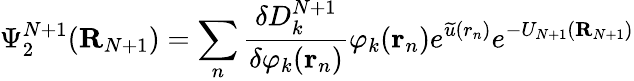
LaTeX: \Psi_{2}^{N+1}({\mathbf R}_{N+1})=\sum_{n}\frac{\delta D_{k}^{N+1}}{\delta\varphi_{k}({\mathbf r}_{n})}\varphi_{k}({\mathbf r}_{n})e^{\widetilde{u}(r_{n})}e^{-U_{N+1}({\mathbf R}_{N+1})}